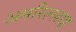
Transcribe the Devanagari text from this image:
अमरिल्लाह